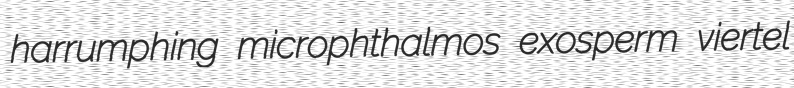
harrumphing microphthalmos exosperm viertel